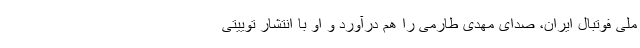
ملی فوتبال ایران، صدای مهدی طارمی را هم درآورد و او با انتشار توییتی